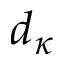
d _ { \kappa }